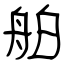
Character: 舶